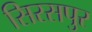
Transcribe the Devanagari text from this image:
सिरसपुर